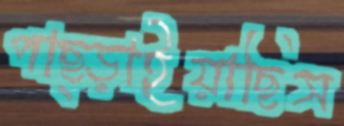
পাছ্‌ড়াইয়াছিস